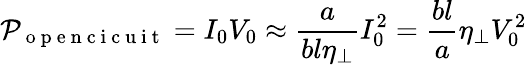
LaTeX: \mathcal{P}_{\mathrm{~o~p~e~n~c~i~c~u~i~t~}}=I_{0}V_{0}\approx\frac{a}{bl\eta_{\perp}}I_{0}^{2}=\frac{bl}{a}\eta_{\perp}V_{0}^{2}